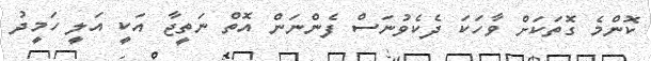
ކޮންމެ ގޮތަކަށް ވާހަކަ ދެކެވުނަސް ފެންނަން އޮތް ނަތީޖާ އަކީ އަލީ ހަމީދު